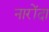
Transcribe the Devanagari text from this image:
नारोंदा